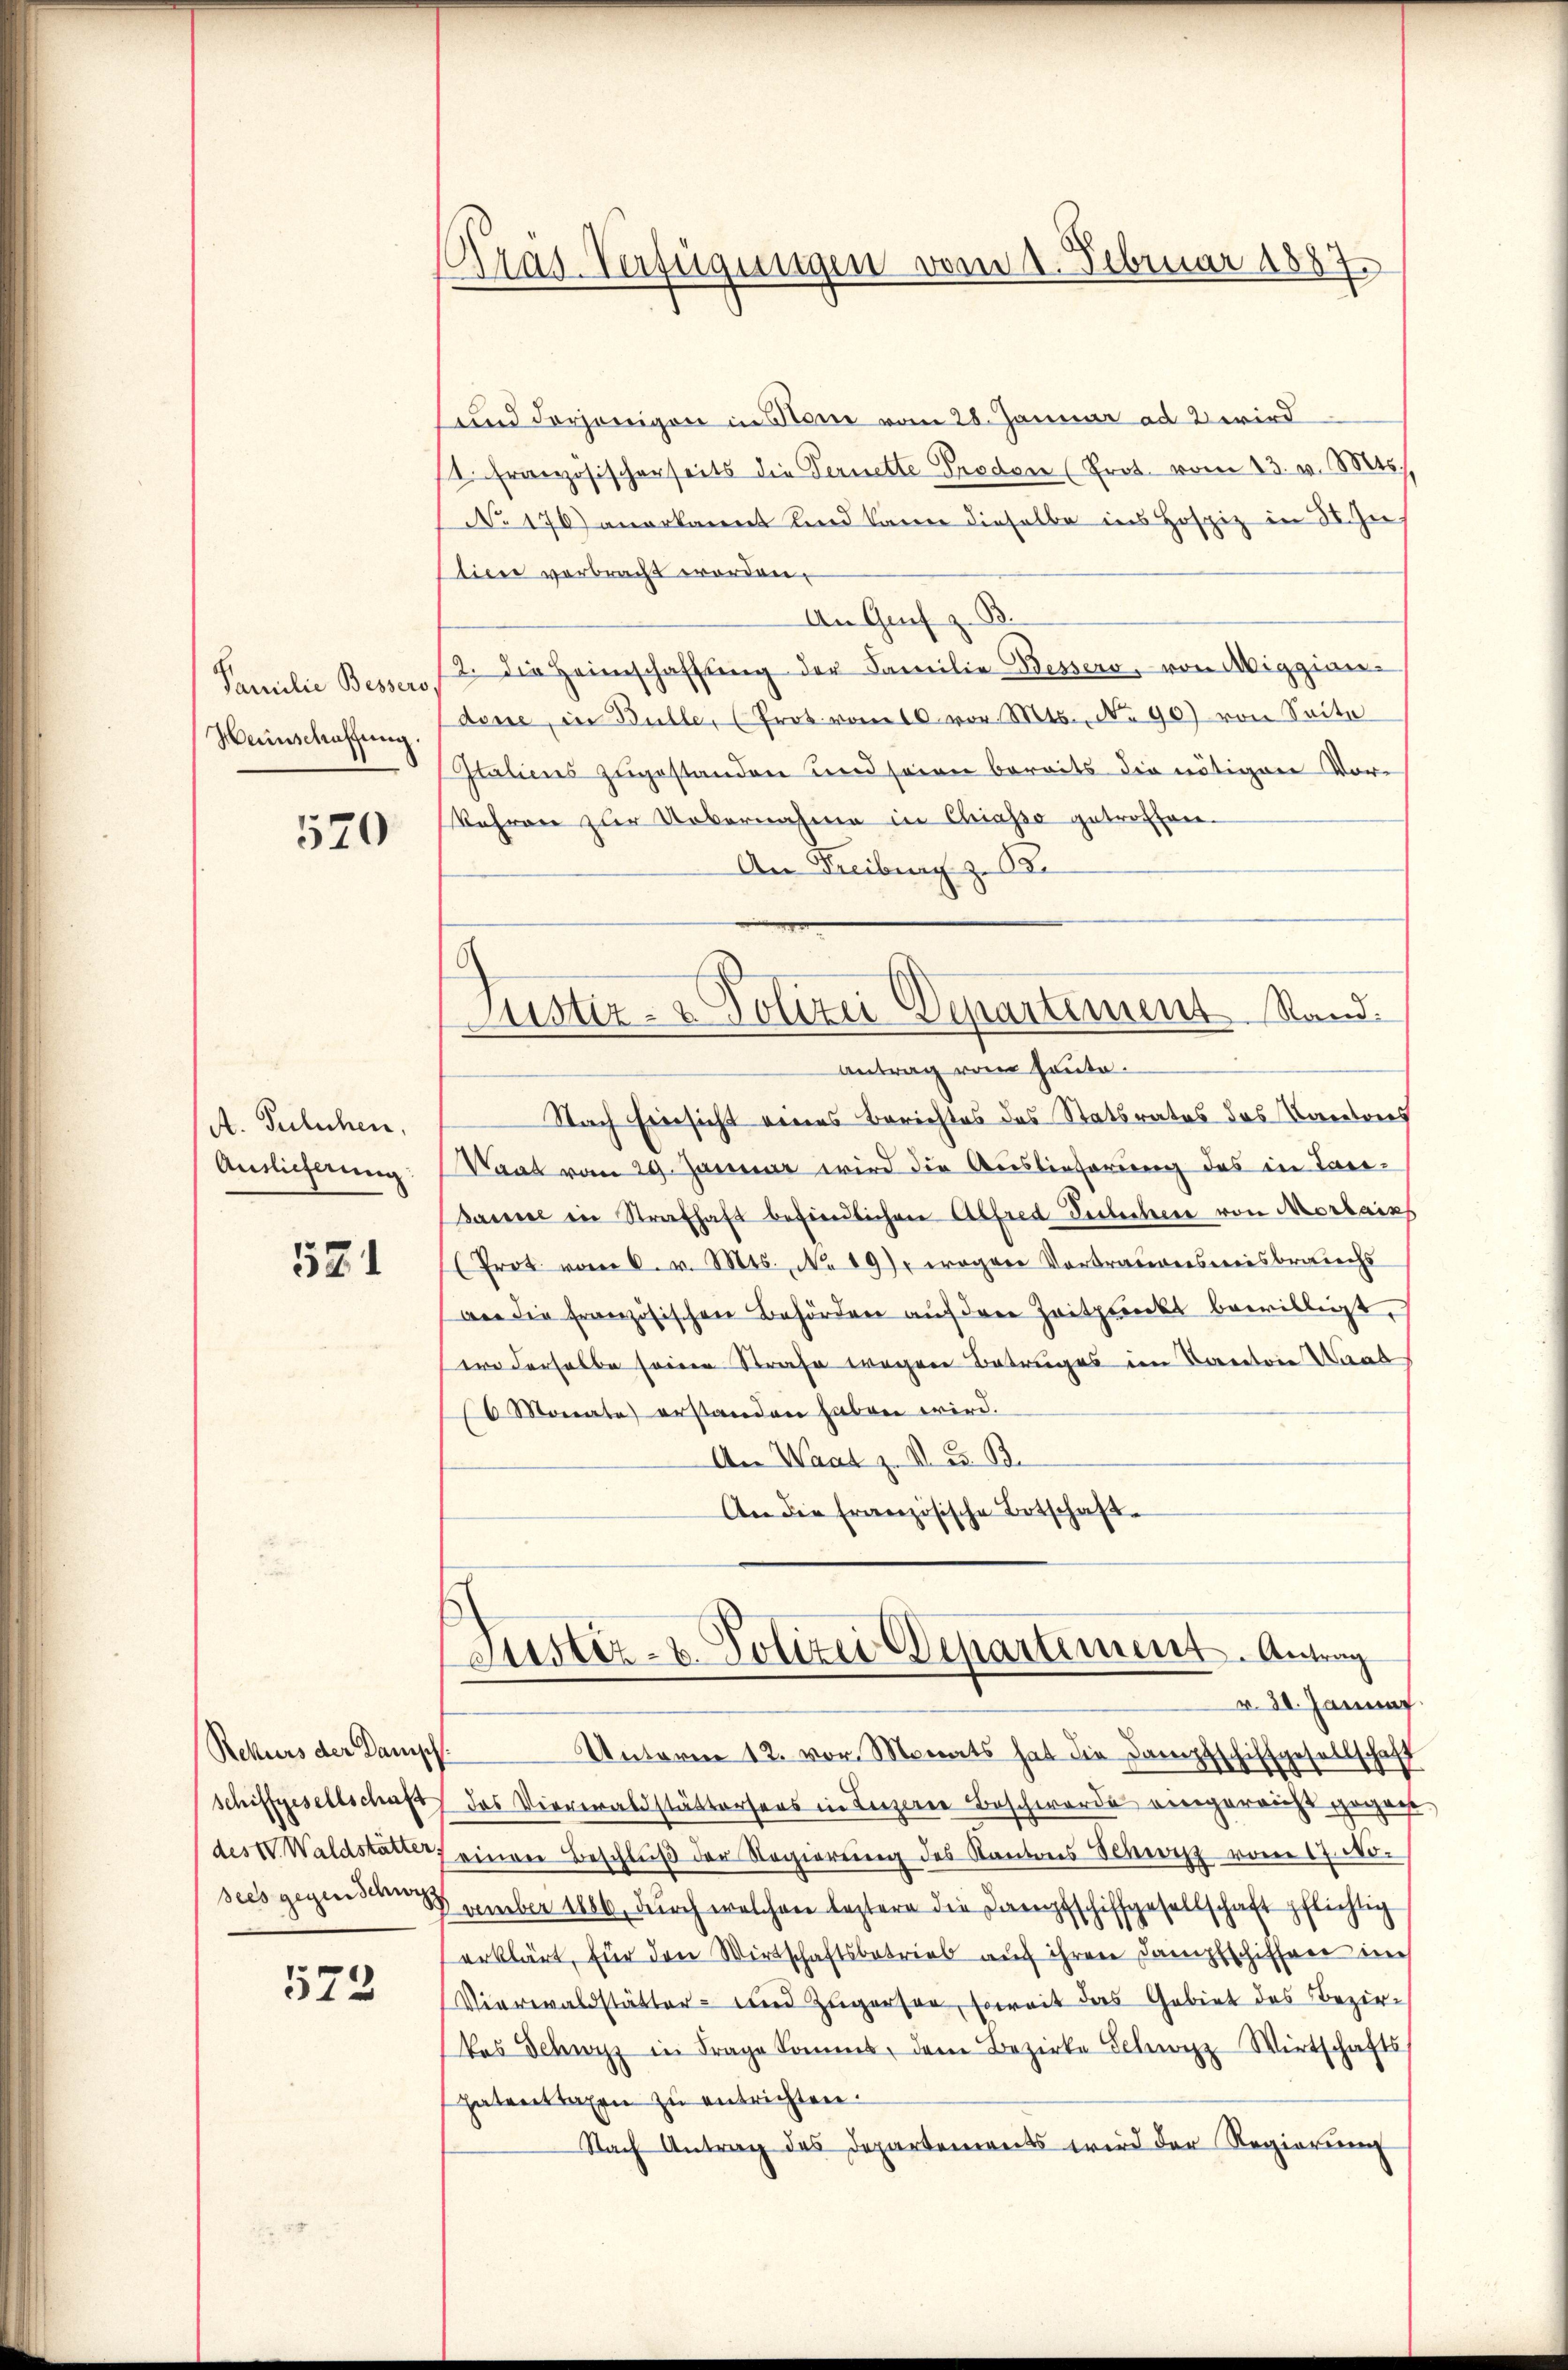
Familie Bessero
Heinschaffung.

520

A. Tulichen,
Auslieferung

521

Rekurs der Damisch
Schiffgesellschaft
des IV. Waldstätter,
sees gegen Schwyz

573

Präs. Verfügungen vom 1. Februar 1887.

Justiz- & Polizei Departement Stand.

und derjenigen in Stone vom 28. Januar ad 2 wird
1. Französischerseits die Fernette Proden (Prot. vom 23. v. Mts.
No 176) anerkannt sind kann dieselbe ins Hospiz in 3. Zu
tiere verbracht worden.
An Grif z. B
2. Die Heimschaffŭng der Familie Bessers, von Aiggian-
dosse, in Bülle, (Prot. vom 10. vor. Mts. No 90) von Seite
Italiens zugestanden und seien bereits die nötigen Vor-
Kehren zur Uebernahme in Chiasso getroffen.
An Freiburg z. B.
Antrag vom heute.
Nach Einsicht eines Berichtes des Statsrates des Kantons
Saat vom 29. Januar wird die Auslieferung des in Tari¬
Basel in Strafhaft befindlicher Alfred derlichere von Morbains
(Prot. vom 6. v. Mts. No 19), wegen Vortrauensweisbrauchs
wer die französischen Behörden auf dere Zeitpunkt bewilligt,
ere derselbe seinen Strafe wegen Betruges im Kantone Waab
6 Monate) erstanden haben wird.
An Waatz. VI S. B.
An die französische Botschaft
Justiz- u. Polizei Departement. Antrag
v. 30. Januar.
Unterm 12. vor. Monats hat die Dampfschiffgesellschaft
das Ververaldstättersers in Leezerer Beschwerde vergericht gegen
einen Beschlŭβ der Regierŭng des Kantons Schweiz vom 17. No.
vember 1886, durch welchen leztern die Dampfschiffgesellschaft pflichtig
erklärt, für den Wirtschaftsbetrieb auf ihren Dampfschiffene in
Vierwaldstätter- und Zugerson, soweit das Gebiet des Bezirkas Schwyz in Frage kommt, dem Bezirke Schwyz Wirtschafts
Patentragen zu entrichten.
Nach Antrag des Departements wird der Regierŭng